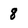
Character: 8